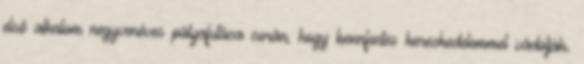
első alkalom negyvenéves pályafutása során, hogy bennfentes kereskedelemmel vádolják.